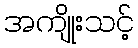
အကျိုးသင့်